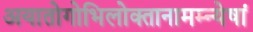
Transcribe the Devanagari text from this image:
अयातोगोभिलोक्तानामम्न्येषां